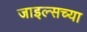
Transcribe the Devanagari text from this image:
जाइल्सच्या